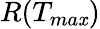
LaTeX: R(T_{ma\mathit{x}})